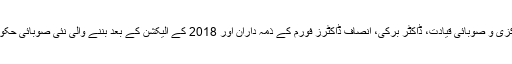
امید ہے عمران خان، تحریک انصاف کی مرکزی و صوبائی قیادت، ڈاکٹر برکی، انصاف ڈاکٹرز فورم کے ذمہ داران اور 2018 کے الیکشن کے بعد بننے والی نئی صوبائی حکومت اس سلسلے میں نمایاں کوششیں کرےگی۔